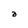
Character: a